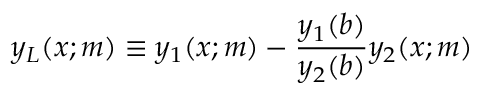
y _ { L } ( x ; m ) \equiv y _ { 1 } ( x ; m ) - \frac { y _ { 1 } ( b ) } { y _ { 2 } ( b ) } y _ { 2 } ( x ; m )